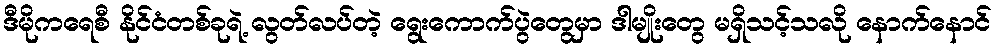
ဒီမိုကရေစီ နိုင်ငံတစ်ခုရဲ့ လွတ်လပ်တဲ့ ရွေးကောက်ပွဲတွေမှာ ဒါမျိုးတွေ မရှိသင့်သလို နောက်နောင်